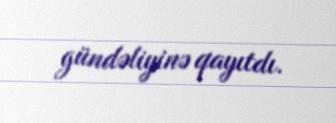
gündəliyinə qayıtdı.